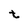
Character: t